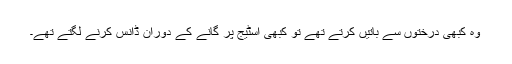
وہ کبھی درختوں سے باتیں کرتے تھے تو کبھی اسٹیج پر گانے کے دوران ڈانس کرنے لگتے تھے۔